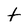
Character: T